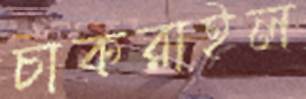
চাকরাইল